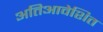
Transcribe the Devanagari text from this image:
अतिआवेशित